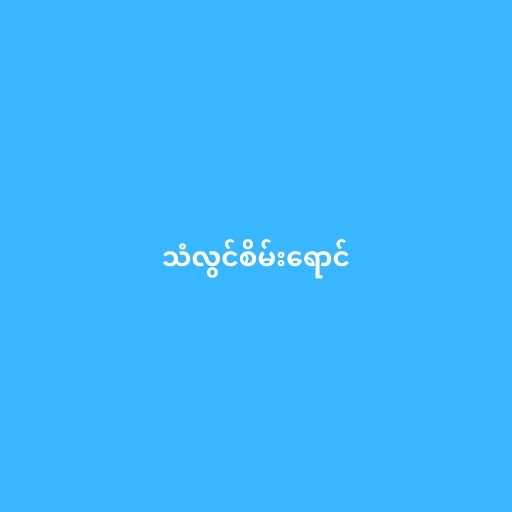
သံလွင်စိမ်းရောင်